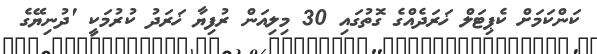
ކަންކަމަށް ކެޕިޓަލް ޚަރަދެއްގެ ގޮތުގައި 30 މިލިއަން ރުފިޔާ ޚަރަދު ކުރުމަކީ 'ދުނިޔޭގެ